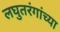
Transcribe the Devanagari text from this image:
लघुतरंगांच्या